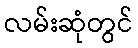
လမ်းဆုံတွင်